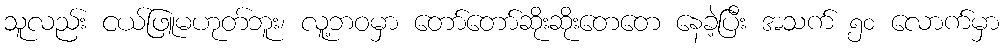
သူလည်း ငယ်ဖြူမဟုတ်ဘူး၊ လူ့ဘဝမှာ တော်တော်ဆိုးဆိုးတေတေ နေခဲ့ပြီး အသက် ၅၀ လောက်မှာ